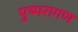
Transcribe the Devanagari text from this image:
पुष्परागण